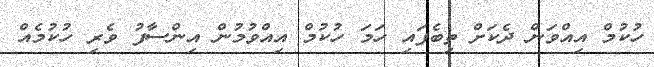
ހުކުމް އިއްވަން ދެކަށް ތިބެފައި ހަމަ ހުކުމް އިއްވުމުން އިންސާފު ވެރި ހުކުމެއް